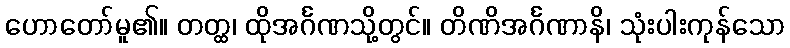
ဟောတော်မူ၏။ တတ္ထ၊ ထိုအင်္ဂဏသို့တွင်။ တိဏိအင်္ဂဏာနိ၊ သုံးပါးကုန်သော